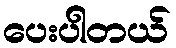
ပေးပါတယ်